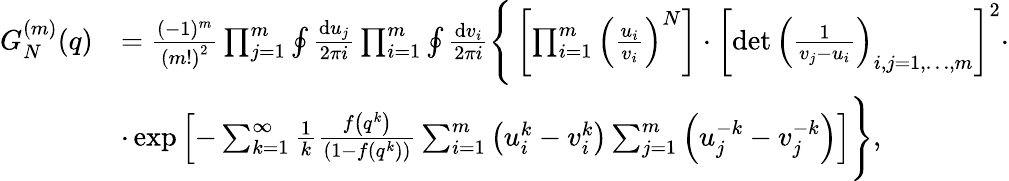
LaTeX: \begin{array}{rl}{G_{N}^{(m)}(q)}&{=\frac{(-1)^{m}}{\left(m!\right)^{2}}\prod_{j=1}^{m}\oint\frac{{\mathrm{d}}u_{j}}{2\pi i}\prod_{i=1}^{m}\oint\frac{{\mathrm{d}}v_{i}}{2\pi i}\Bigg\{ \left[\prod_{i=1}^{m}\left(\frac{u_{i}}{v_{i}}\right)^{N}\right]\cdot\left[\operatorname*{det}\left(\frac{1}{v_{j}-u_{i}}\right)_{i,j=1,\dots,m}\right]^{2}\cdot}\\ &{\cdot\exp\left[-\sum_{k=1}^{\infty}\frac{1}{k}\frac{f\left(q^{k}\right)}{\left(1-f\left(q^{k}\right)\right)}\sum_{i=1}^{m}\left(u_{i}^{k}-v_{i}^{k}\right)\sum_{j=1}^{m}\left(u_{j}^{-k}-v_{j}^{-k}\right)\right]\Bigg\} ,}\end{array}